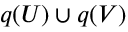
q ( U ) \cup q ( V )